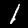
Digit: 1